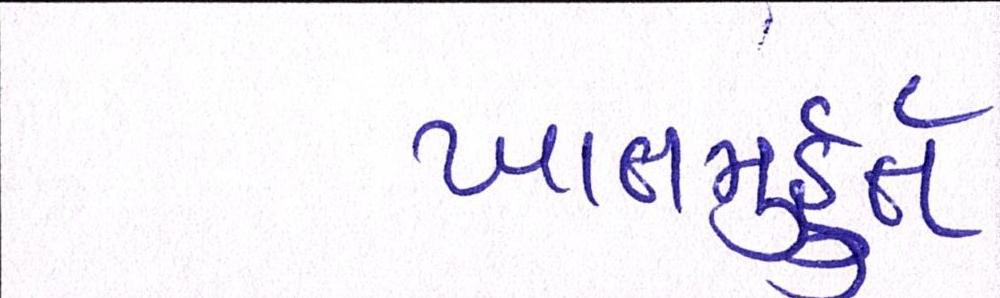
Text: ખાતમુહૂર્ત